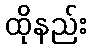
ထိုနည်း